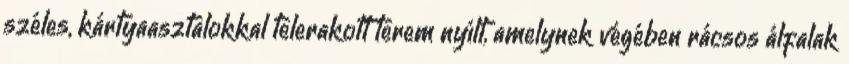
széles, kártyaasztalokkal telerakott terem nyílt, amelynek végében rácsos álfalak